Report on leprosy in the North-Western Provinces
Disease focus: Leprosy
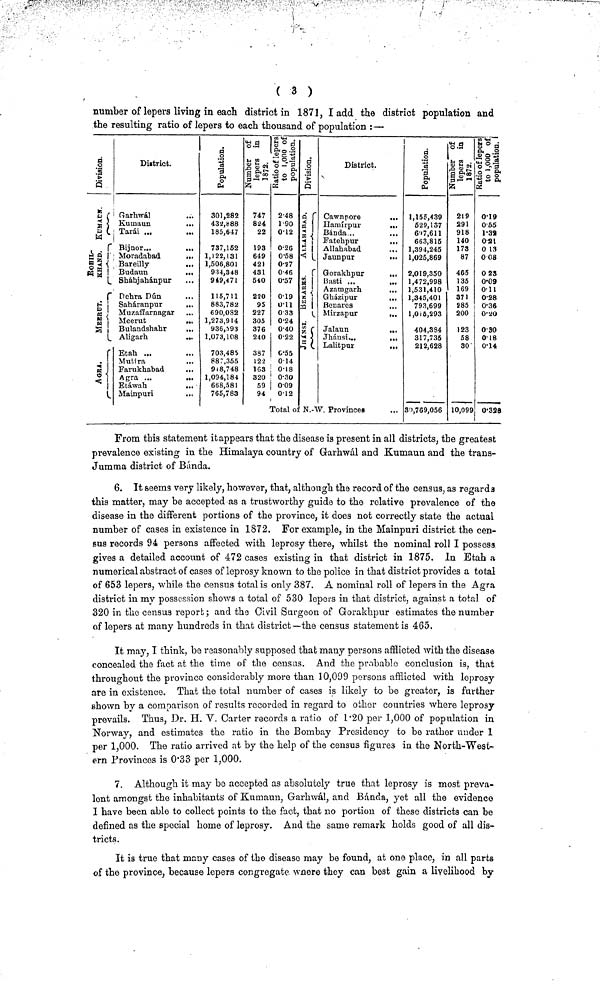
Number of lepers living in each district in 1871, I add the district population and
the resulting ratio of lepers to each thousand of population :—
Division
sí
. . r
¿ g ! "
§a !
r
*- * i
5 '
et >
« 1
1 L
r
.
si
4M
* \
District.
Garhwál
...
Kumaun
...
Tarái ...
Bijnor...
...
Moradabad
...
Bareilly
...
Budaun
...
Sháhjahánpur
Dehra Dún
Saháranpur
...
Muzaffarnagar
Meerut
...
Bulandshahr
Aligarh
...
Etah ...
Mutira
Farukhabad
...
Agra ...
...
Etáwah
...
Mainpuri
Population.
301,282
432.888
185,647
737,162
1,122,131
1,506,801
934,348
949,471
115,711
883,782
690,082
1,273,914
936,593
1,073,108
703,485
887,355
918,748
1,094,184
668,581
765,783
Number of
lepers in
1872.
747
824
22
193
649
421
431
640
220
95
227
305
376
240
387
122
163
320
59
94
Ratio of leper
to 1,000
population.
248
l9O
012
026
058
027
046
057
019
0.11
0.33
0.24
0.40
022
0.55
014
0.18
0.30
009
012
Total of
Division.
« r
«
M J
3 '
3 i
«5 L
. r
m 1
H
ce! 1
<f V
« 1
M 1
i f
a i
•-» v
District.
Cawnpore
...
ïlamírpur
...
Bánda...
...
Fatehpur
...
Allahabad
...
Jaunpur
...
Gorakhpur
...
Basti ...
...
Azamgarh
...
Gházipur
...
Benares
Mirzapur
...
Jalaun
...
Jhánnsi...
...
Lalitpur
...
V. Provinces
...
Population
1,155,439
529,137
6'»7,611
663,815
1.394.245
1,025,869
2,019,350
1,472,998
1,531,410
1,345,401
793,699
1.015.293
404.384
317,735
212,628
30,769,056
Number of
lepers in
1872.
219
291
918
140
173
87
465
135
169
371
S85
200
123
58
30-
10,099
Ratio of leper
to 1,000
population.
019
055
1-39
0.21
0 13
0 08
0.23
0.09
011
0.28
0.36
0.20
0.30
0.18
0.14
0.328
From this statement it appears that the disease is present in all districts, the greatest
prevalence existing in the Himalaya country of Grarhwál and .Kumaun and the trans-
Jumma district of Bánda.
6. It seems very likely, however, that, although the record of the census, as regarda
this matter, may be accepted as a trustworthy guide to the relative prevalence of the
disease in the different portions of the province, it does not correctly state the actual
number of cases in existence in 1872. For example, in the Mainpuri district the cen-
sus records 94 persons affected with leprosy there, whilst the nominal roll I possess
gives a detailed account of 472 cases existing in that district in 1875. In Etah a
numerical abstract of cases of leprosy known to the police in that district provides a total
of 653 lepers, while the census total is only 387. A nominal roll of lepers in the Agra
district in my possession shows a total of 530 lepers in that district, against a total of
320 in the census report ; and the Civil Surgeon of Gorakhpur estimates the number
of lepers at many hundreds in that district—the census statement is 465.
It may, I think, be reasonably supposed that many persons afflicted with the disease
concealed the fact at the time of the censas. And the probable conclusion is, that
throughout the province considerably more than 10,099 persons afflicted with leprosy
are in existence. That the total number of cases is likely to be greater, is further
shown by a comparison of results recorded in regard to other countries where leprosy
prevails. Thus, Dr. H. V. Carter records a ratio of 1.20 per 1,000 of population in
Norway, and estimates the ratio in the Bombay Presidency to be rather under 1
per 1,000. The ratio arrived at by the help of the census figures in the North-West-
ern Provinces is 0.33 per 1,000.
7. Although it may bo accepted as absolutely true that leprosy is most preva-
lont amongst the inhabitants of Kumaun, Garhwál, and Bánda, yet all the evidence
I have been able to collect points to the fact, that no portion of these districts can be
defined as the special home of leprosy. And the same remark holds good of all dis-
tricts.
It is true that many cases of the diseaso may be found, at one place, in all parts
of the province, because lepers congregate where they can best gain a livelihood by